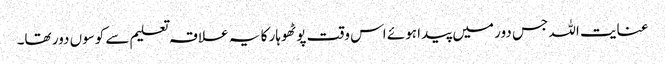
عنایت اللہ جس دور میں پیدا ہوئے اس وقت پوٹھوہار کا یہ علاقہ تعلیم سے کوسوں دور تھا۔